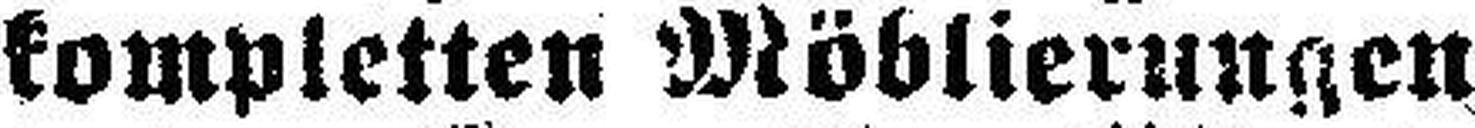
kompletten Möblierungen